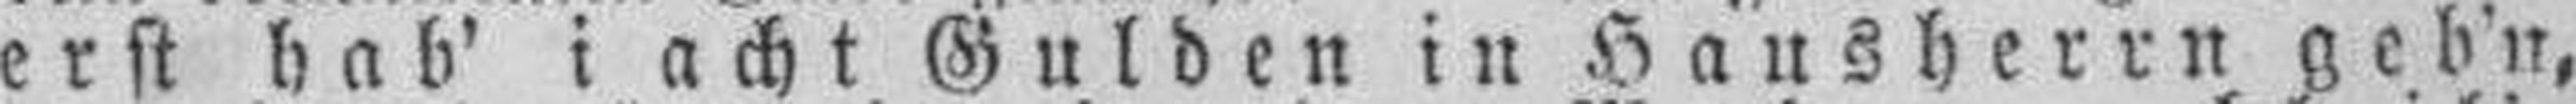
erst hab' i acht Gulden in Hausherrn geb’n,